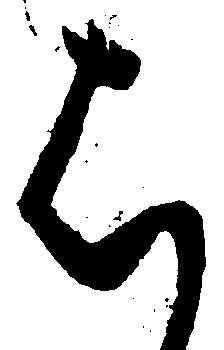
は